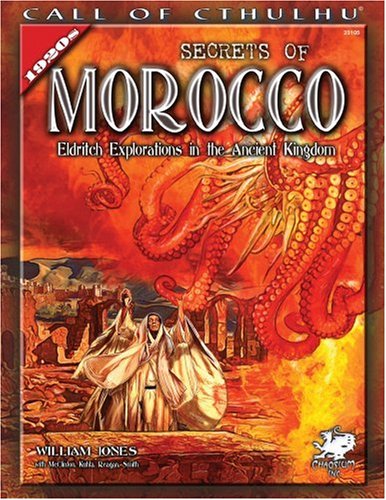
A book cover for Secrets of Morocco: Eldritch Explorations in the Ancient Kingdom (Call of Cthulhu Horror Roleplaying); William Jones; Science Fiction & Fantasy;